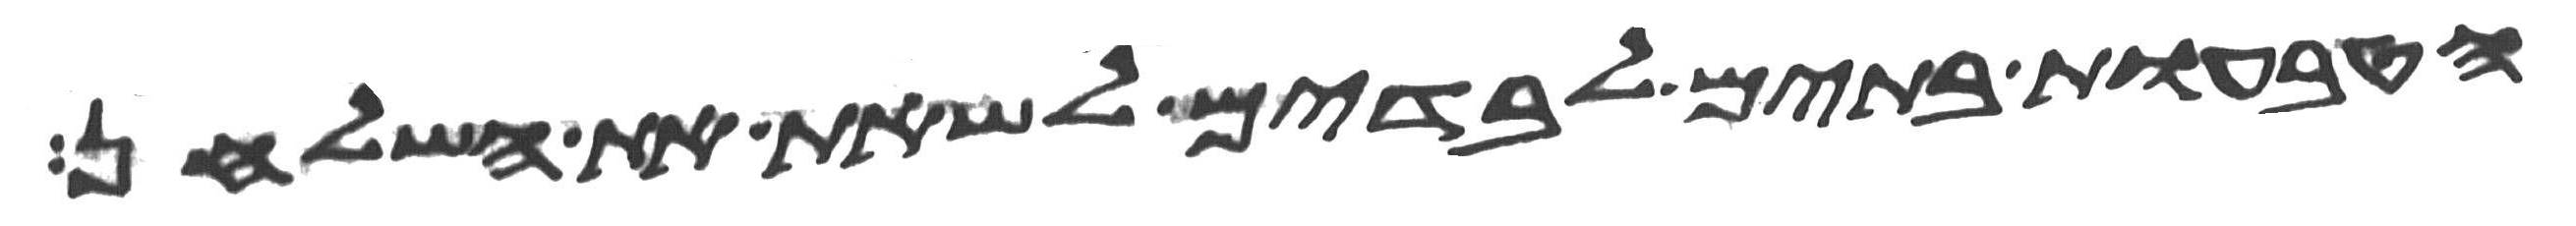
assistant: הטבעות בתים לבדים לשאת את השלחן